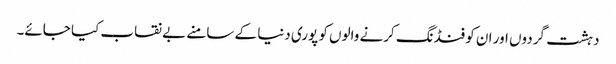
دہشت گردوں اور ان کو فنڈنگ کرنے والوں کو پوری دنیا کے سامنے بے نقاب کیا جائے۔